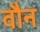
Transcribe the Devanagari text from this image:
वौन